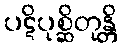
ပဋိပုစ္ဆိတုန္တိ